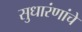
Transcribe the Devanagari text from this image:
सुधारंणांचे